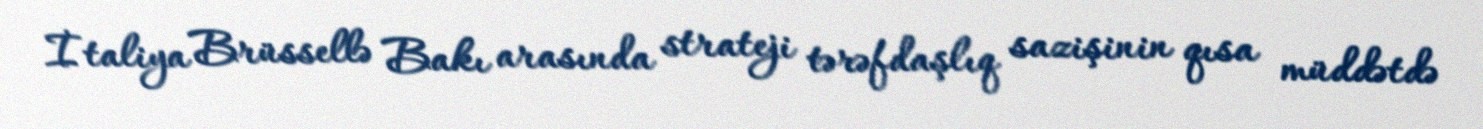
İtaliya Brüssellə Bakı arasında strateji tərəfdaşlıq sazişinin qısa müddətdə